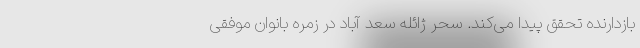
بازدارنده تحقق پیدا می‌کند. سحر ژائله سعد آباد در زمره بانوان موفقی